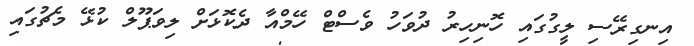
އިނގިރޭސި ލީގުގައި ހޮނިހިރު ދުވަހު ވެސްޓް ހޭމްއާ ދެކޮޅަށް ލިވަޕޫލް ކުޅޭ މެޗުގައި